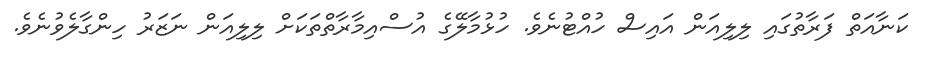
ކަނާއަތް ފަރާތުގައި ލިލިއަން އައިސް ހުއްޓުނެވެ. ހުޅުމާލޭގެ އުސްއިމާރާތްތަކަށް ލިލިއަން ނަޒަރު ހިންގާލެވުނެވެ.